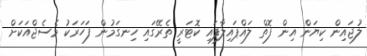
ލުޖައިން ކިޔަން އިން ފޮތް ލައްޕައިލާފައި ކޮޓަރީ ތެރޭގައި ހިނގަމުން ފަހަރަކު މެސެޖްއަކަށް